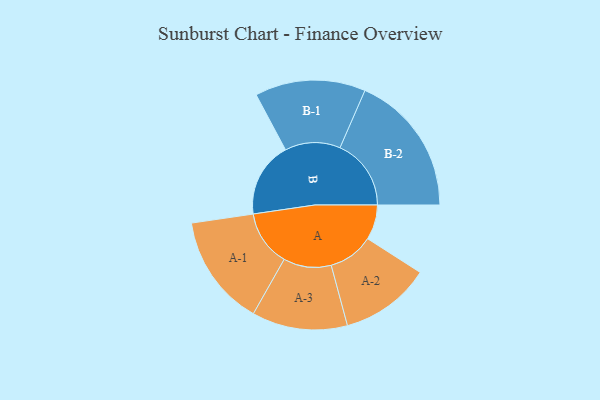
{"axis": {"x": "Segment", "y": "Value"}, "legend": ["", "A", "B"], "data": [{"x": "A", "y": 139, "type": ""}, {"x": "B", "y": 299, "type": ""}, {"x": "A-1", "y": 222, "type": "A"}, {"x": "A-2", "y": 180, "type": "A"}, {"x": "A-3", "y": 190, "type": "A"}, {"x": "B-1", "y": 220, "type": "B"}, {"x": "B-2", "y": 283, "type": "B"}]}